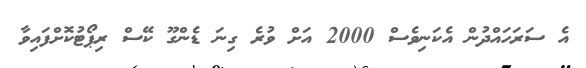
އެ ސަރަހައްދުން އެކަނިވެސް 2000 އަށް ވުރެ ގިނަ ޑެންގޫ ކޭސް ރިޕޯޓުކޮށްފައިވާ